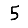
Digit: 5